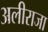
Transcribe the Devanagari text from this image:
अलीराजा